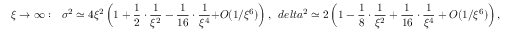
\xi \rightarrow \infty : \ \ \sigma ^ { 2 } \simeq 4 \xi ^ { 2 } \left( 1 + \frac { 1 } { 2 } \cdot \frac { 1 } { \xi ^ { 2 } } - \frac { 1 } { 1 6 } \cdot \frac { 1 } { \xi ^ { 4 } } { + \cal O } ( 1 / \xi ^ { 6 } ) \right) , \ \, d e l t a ^ { 2 } \simeq 2 \left( 1 - \frac { 1 } { 8 } \cdot \frac { 1 } { \xi ^ { 2 } } + \frac { 1 } { 1 6 } \cdot \frac { 1 } { \xi ^ { 4 } } + { \cal O } ( 1 / \xi ^ { 6 } ) \right) ,